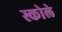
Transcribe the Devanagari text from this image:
स्कोले